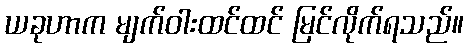
ယခုဟာက မျက်ဝါးထင်ထင် မြင်လိုက်ရသည်။